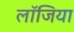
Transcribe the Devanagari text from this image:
लॉजिया